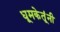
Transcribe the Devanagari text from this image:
धूमकेतूंनी